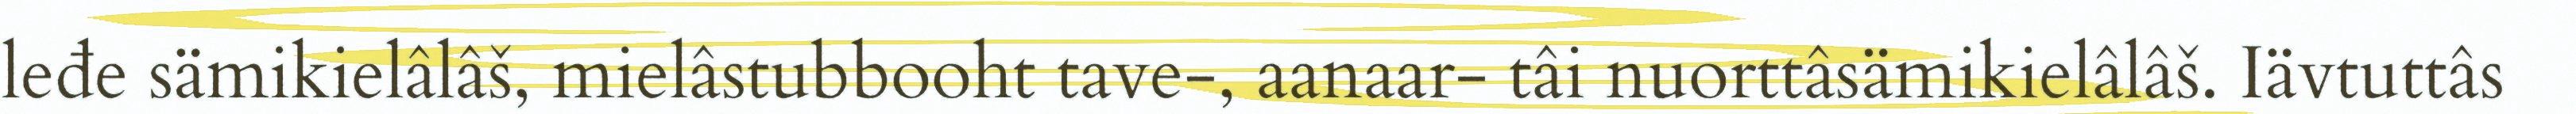
leđe sämikielâlâš, mielâstubbooht tave-, aanaar- tâi nuorttâsämikielâlâš. Iävtuttâs